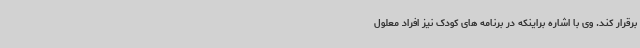
برقرار کند. وی با اشاره براینکه در برنامه های کودک نیز افراد معلول